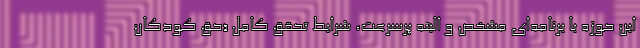
اين حوزه با برنامه‌اي مشخص و البته پرسرعت، شرايط تحقق كامل «حق كودكان